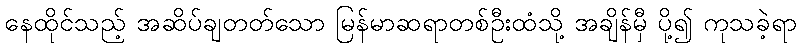
နေထိုင်သည့် အဆိပ်ချတတ်သော မြန်မာဆရာတစ်ဦးထံသို့ အချိန်မှီ ပို့၍ ကုသခဲ့ရာ